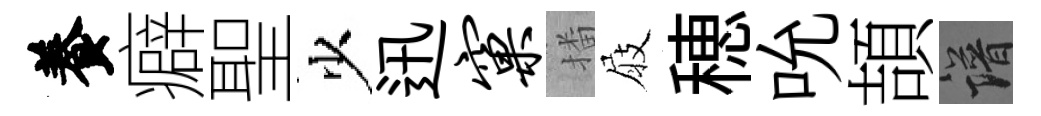
養癖聖少迅窠播屐穂吮頡譜